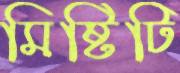
মিষ্টিটি